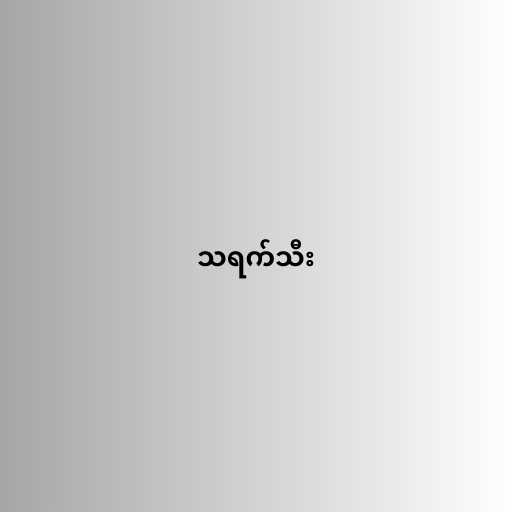
သရက်သီး